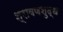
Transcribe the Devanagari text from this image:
श्रावणशुद्ध